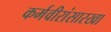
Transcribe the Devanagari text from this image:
कर्मवीरांसारखा